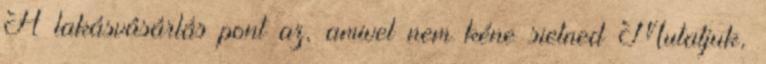
A lakásvásárlás pont az, amivel nem kéne sietned Mutatjuk,